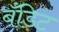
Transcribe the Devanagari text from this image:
बँडिट